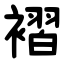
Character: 褶